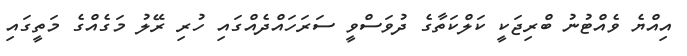
އިއްޔެ ވެއްޓުނު ބްރިޖަކީ ކަލްކަތާގެ ދުވަސްވީ ސަރަހައްދެއްގައި ހުރި ރޭލު މަގެއްގެ މަތީގައި